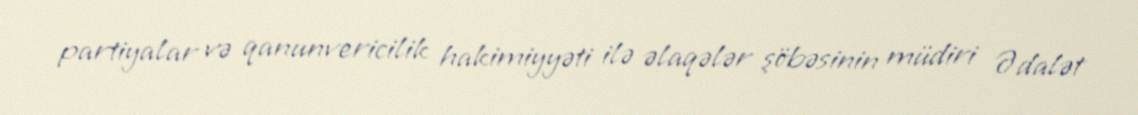
partiyalar və qanunvericilik hakimiyyəti ilə əlaqələr şöbəsinin müdiri Ədalət